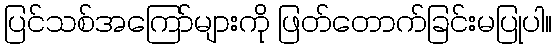
ပြင်သစ်အကြော်များကို ဖြတ်တောက်ခြင်းမပြုပါ။